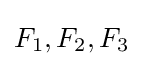
F_{1},F_{2},F_{3}